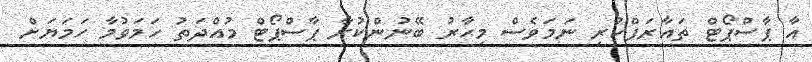
އާ ޕާސްޕޯޓް ތައާރަފްކުރި ނަމަވެސް މިހާރު ބޭނުންކުރާ ޕާސްޕޯޓް މުއްދަތު ހަމަވުމާ ހަމަޔަށް